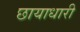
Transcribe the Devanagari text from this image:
छायाधारी